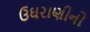
ઉઘરાણીનો